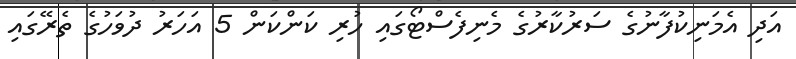
އަދި އެމަނިކުފާނުގެ ސަރުކާރުގެ މެނިފެސްޓޯގައި ހުރި ކަންކަން 5 އަހަރު ދުވަހުގެ ތެރޭގައި